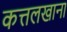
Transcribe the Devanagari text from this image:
कत्तलखाना